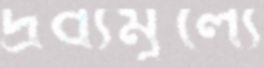
দ্রব্যমূল্যে